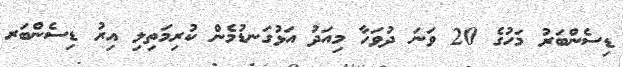
ޑިސެންބަރު މަހުގެ 20 ވަނަ ދުވަހާ މިއަދު އަޅުގަނޑުމެން ކުރިމަތިލި އިރު ޑިސެންބަރ